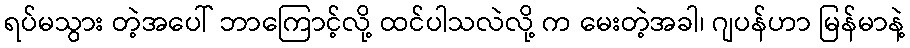
ရပ်မသွား တဲ့အပေါ် ဘာကြောင့်လို့ ထင်ပါသလဲလို့ က မေးတဲ့အခါ၊ ဂျပန်ဟာ မြန်မာနဲ့